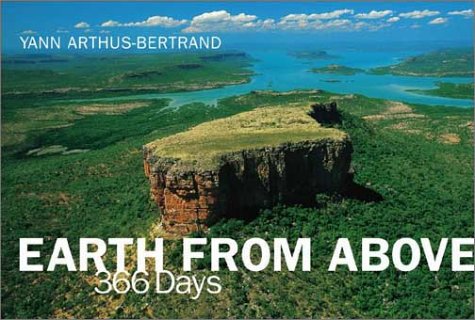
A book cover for Earth From Above: 366 Days; Yann Arthus-Bertrand; Arts & Photography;